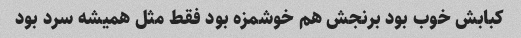
کبابش خوب بود برنجش هم خوشمزه بود فقط مثل همیشه سرد بود